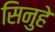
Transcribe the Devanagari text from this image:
सिनुहे